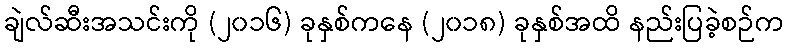
ချဲလ်ဆီးအသင်းကို (၂၀၁၆) ခုနှစ်ကနေ (၂၀၁၈) ခုနှစ်အထိ နည်းပြခဲ့စဉ်က